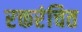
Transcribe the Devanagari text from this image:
रक्तरंचित